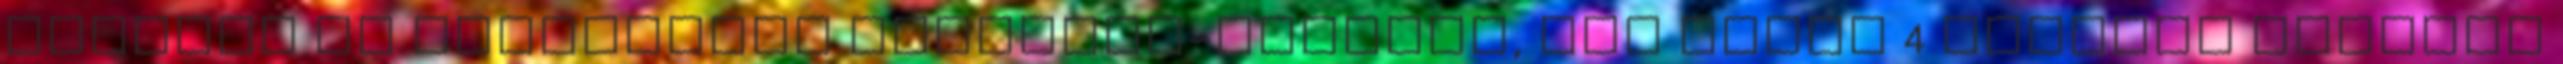
esteken és nemzetközi írótalál-kozókon, ben pedig 4 hónapot töltött